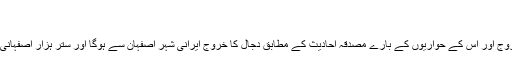
.
قابل توجہ ہے کہ دجال کے خروج اور اس کے حواریوں کے بارے مصدقہ احادیث کے مطابق دجال کا خروج ایرانی شہر اصفہان سے ہوگا اور ستر ہزار اصفہانی یہودی اس کے ہمراہ ہوں گے۔